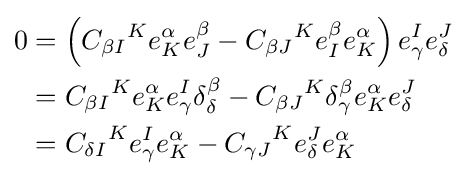
{\begin{aligned}0&=\left({C_{\beta I}}^{K}e_{K}^{\alpha }e_{J}^{\beta }-{C_{\beta J}}^{K}e_{I}^{\beta }e_{K}^{\alpha }\right)e_{\gamma }^{I}e_{\delta }^{J}\\&={C_{\beta I}}^{K}e_{K}^{\alpha }e_{\gamma }^{I}\delta _{\delta }^{\beta }-{C_{\beta J}}^{K}\delta _{\gamma }^{\beta }e_{K}^{\alpha }e_{\delta }^{J}\\&={C_{\delta I}}^{K}e_{\gamma }^{I}e_{K}^{\alpha }-{C_{\gamma J}}^{K}e_{\delta }^{J}e_{K}^{\alpha }\end{aligned}}